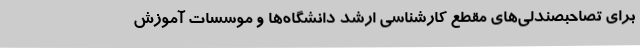
برای تصاحبصندلی‌های مقطع کارشناسی ارشد دانشگاه‌ها و موسسات آموزش